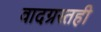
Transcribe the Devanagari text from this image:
वादग्रस्तही